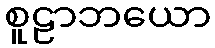
စူဠာဘယော